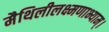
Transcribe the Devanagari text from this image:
मैथिलीलक्ष्मणाभ्याम्।